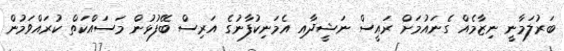
ބަރުލަމާނީ ނިޒާމެއް ގެނައުމަށް ރައީސް ނަޝީދާއި އެމަނިކުފާނުގެ އަރިސް ބޭފުޅުން މަސައްކަތް ކުރައްވަމުން